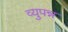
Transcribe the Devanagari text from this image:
व्युपन्न